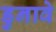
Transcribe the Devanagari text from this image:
डुनावे